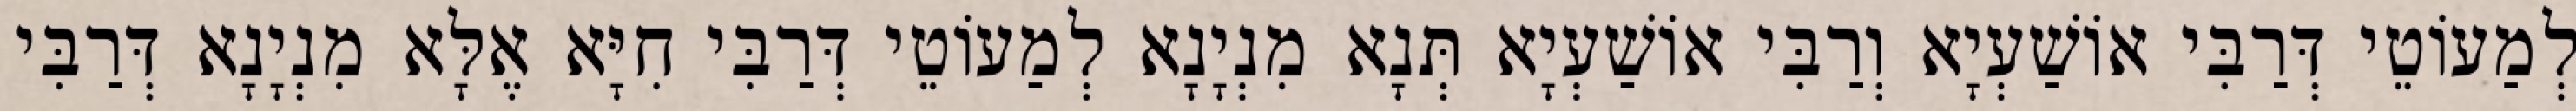
לְמַעוֹטֵי דְּרַבִּי אוֹשַׁעְיָא וְרַבִּי אוֹשַׁעְיָא תְּנָא מִנְיָנָא לְמַעוֹטֵי דְּרַבִּי חִיָּא אֶלָּא מִנְיָנָא דְּרַבִּי